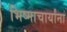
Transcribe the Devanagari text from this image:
भिष्माचार्यांना